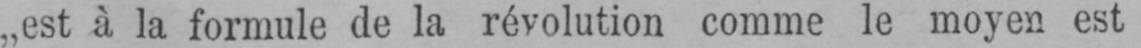
„est à la formule de la révolution comme le moyen est